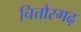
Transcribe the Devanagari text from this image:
चित्तौरगढ़